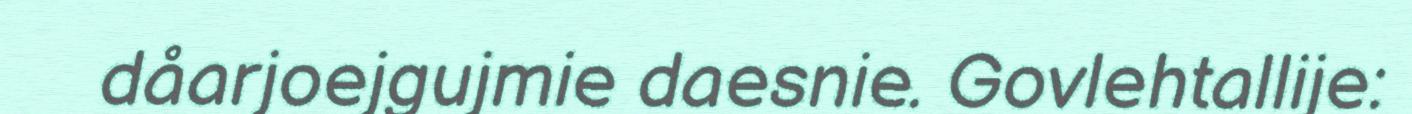
dåarjoejgujmie daesnie. Govlehtallije: